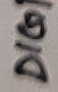
Text: DIG1